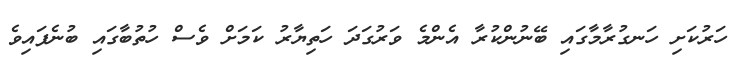
ހަރުކަށި ހަނގުރާމާގައި ބޭނުންކުރާ އެންމެ ވަރުގަދަ ހަތިޔާރު ކަމަށް ވެސް ހުތުބާގައި ބުނެފައިވެ